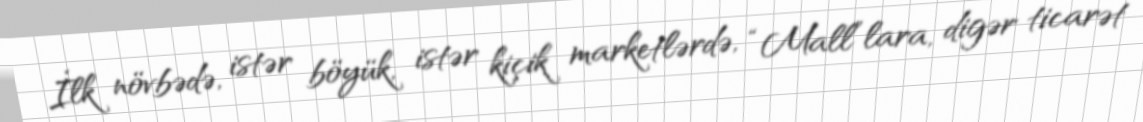
İlk növbədə, istər böyük, istər kiçik marketlərdə, “Mall”lara, digər ticarət